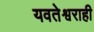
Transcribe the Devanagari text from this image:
यवतेश्वराही